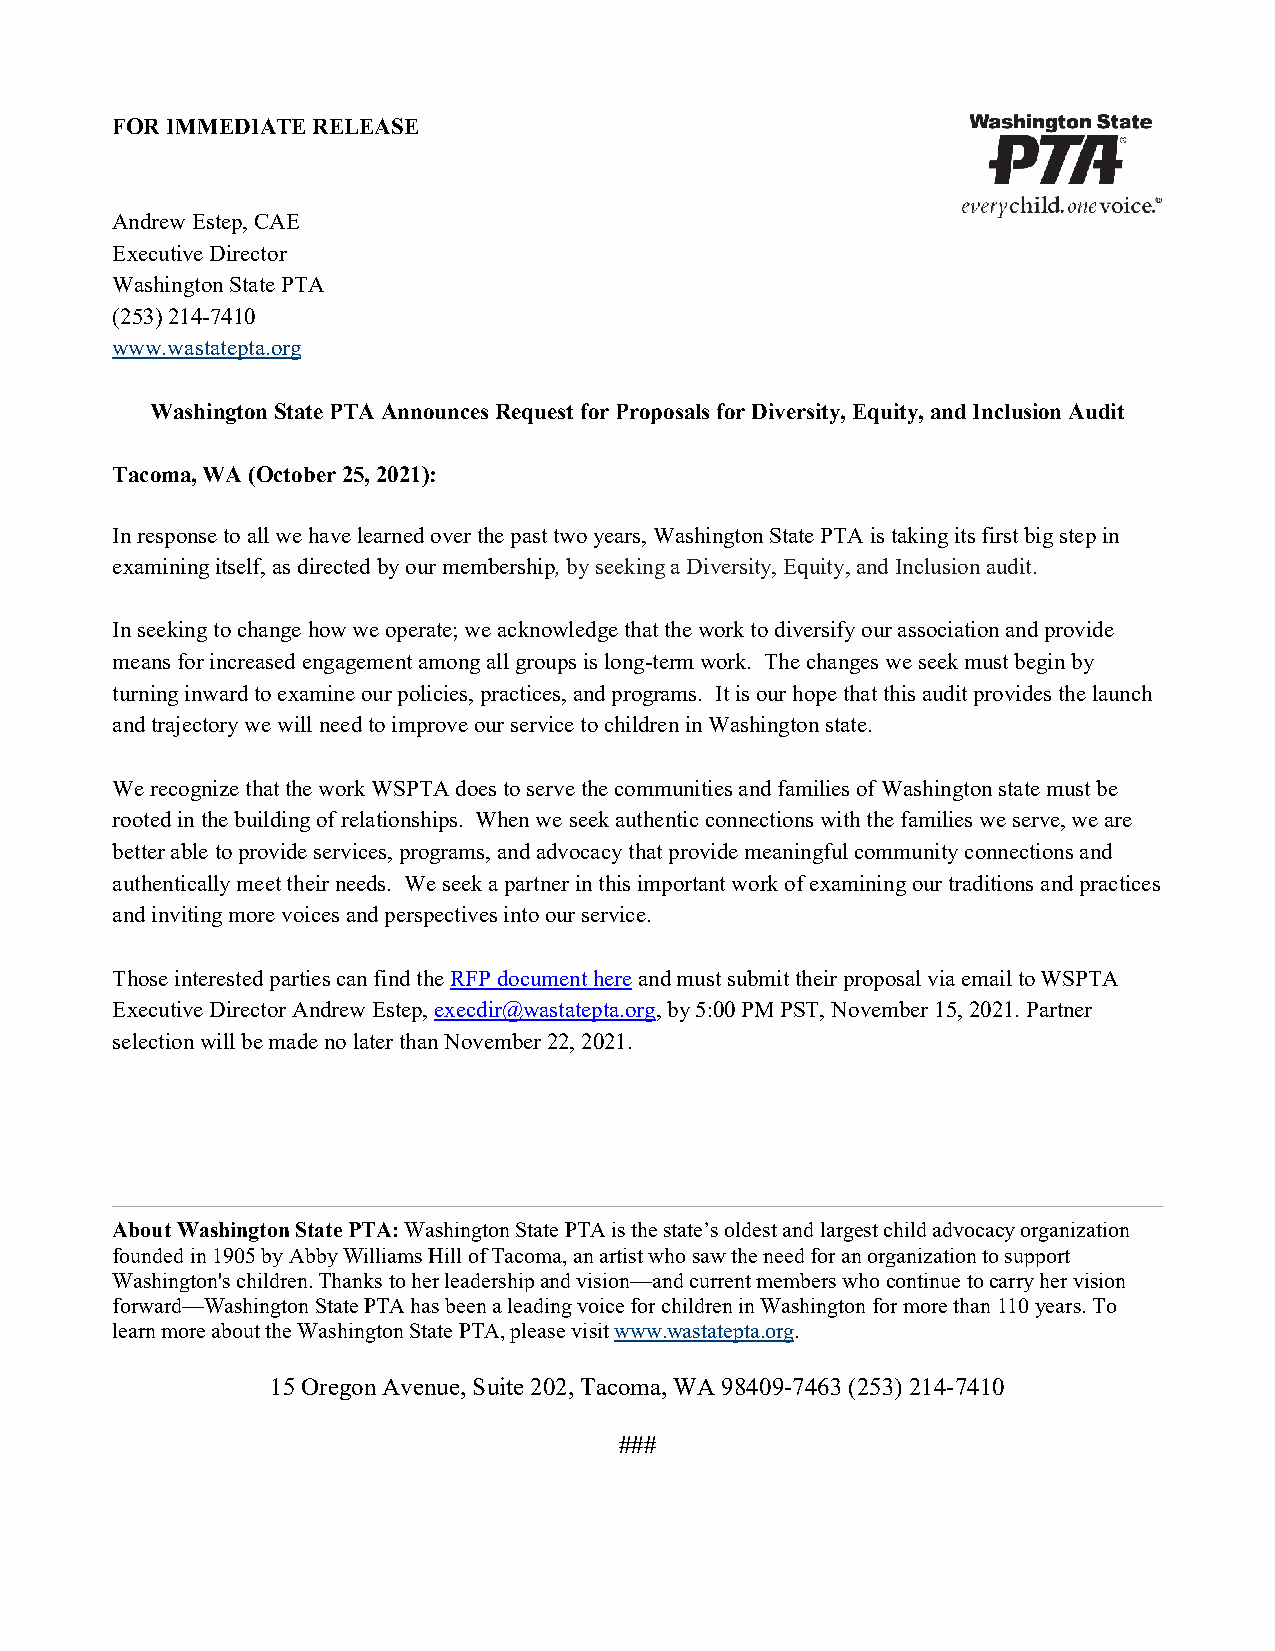
FOR IMMEDIATE RELEASE
 Andrew Estep, CAE
 Executive Director
 Washington State PTA
 (253) 214-7410
 www.wastatepta.org
 Washington State PTA Announces Request for Proposals for Diversity, Equity, and Inclusion Audit
 Tacoma, WA (October 25, 2021):
 In response to all we have learned over the past two years, Washington State PTA is taking its first big step in
 examining itself, as directed by our membership, by seeking a Diversity, Equity, and Inclusion audit.
 In seeking to change how we operate; we acknowledge that the work to diversify our association and provide
 means for increased engagement among all groups is long-term work. The changes we seek must begin by
 turning inward to examine our policies, practices, and programs. It is our hope that this audit provides the launch
 and trajectory we will need to improve our service to children in Washington state.
 We recognize that the work WSPTA does to serve the communities and families of Washington state must be
 rooted in the building of relationships. When we seek authentic connections with the families we serve, we are
 better able to provide services, programs, and advocacy that provide meaningful community connections and
 authentically meet their needs. We seek a partner in this important work of examining our traditions and practices
 and inviting more voices and perspectives into our service.
 Those interested parties can find the RFP document here and must submit their proposal via email to WSPTA
 Executive Director Andrew Estep, execdir@wastatepta.org, by 5:00 PM PST, November 15, 2021. Partner
 selection will be made no later than November 22, 2021.
 About Washington State PTA: Washington State PTA is the state’s oldest and largest child advocacy organization
 founded in 1905 by Abby Williams Hill of Tacoma, an artist who saw the need for an organization to support
 Washington's children. Thanks to her leadership and vision—and current members who continue to carry her vision
 forward—Washington State PTA has been a leading voice for children in Washington for more than 110 years. To
 learn more about the Washington State PTA, please visit www.wastatepta.org.
 15 Oregon Avenue, Suite 202, Tacoma, WA 98409-7463 (253) 214-7410
 ###